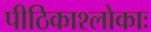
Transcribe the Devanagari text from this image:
पीठिकाश्लोकाः